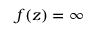
f ( z ) = \infty